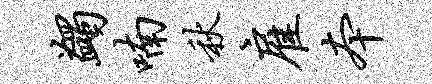
蠲喃秋雇本